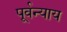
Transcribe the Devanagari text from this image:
पूर्वन्याय